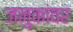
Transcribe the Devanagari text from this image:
जनुकांवर